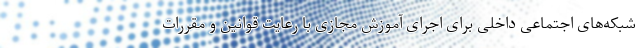
شبکه‌های اجتماعی داخلی برای اجرای آموزش مجازی با رعایت قوانین و مقررات